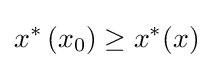
x^{*}\left(x_{0}\right)\geq x^{*}(x)